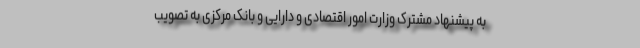
به پیشنهاد مشترک وزارت امور اقتصادی و دارایی و بانک مرکزی به تصویب